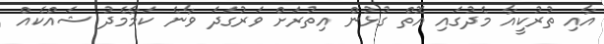
އާއި ތުރުކީއާ މެދުގައި އޮތް ގުޅުން އިތުރަށް ވަރުގަދަ ވާނެ ކަމާމެދު ޝައްކެއް